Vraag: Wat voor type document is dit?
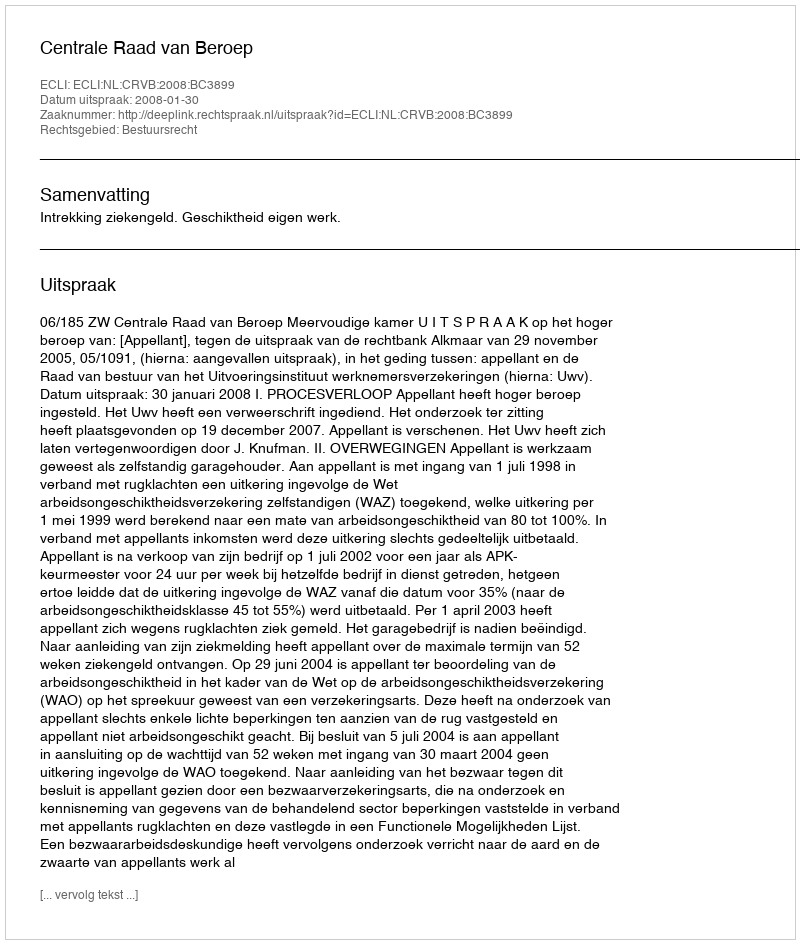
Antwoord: Uitspraak